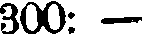
300: —